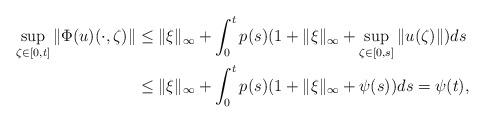
LaTeX: \begin{align*}\sup_{\zeta\in [0,t]}\|\Phi(u)(\cdot,\zeta)\| & \le \|\xi\|_\infty + \int_0^t p(s)(1+ \|\xi\|_\infty+\sup_{\zeta\in [0,s]}\|u(\zeta)\| )ds \\&\le \|\xi\|_\infty + \int_0^t p(s)(1+ \|\xi\|_\infty+\psi(s))ds = \psi(t),\end{align*}